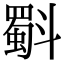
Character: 斣